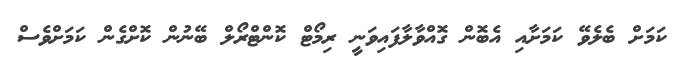
ކަމަށް ބެލެވޭ ކަމަށާއި އެބޮން ގޮއްވާލާފައިވަނީ ރިމޯޓް ކޮންޓްރޯލް ބޭނުން ކޮށްގެން ކަމަށްވެސް